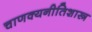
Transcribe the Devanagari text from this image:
चाणक्यनीतिशास्त्र